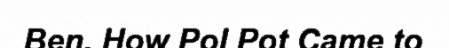
Ben. How Pol Pot Came to